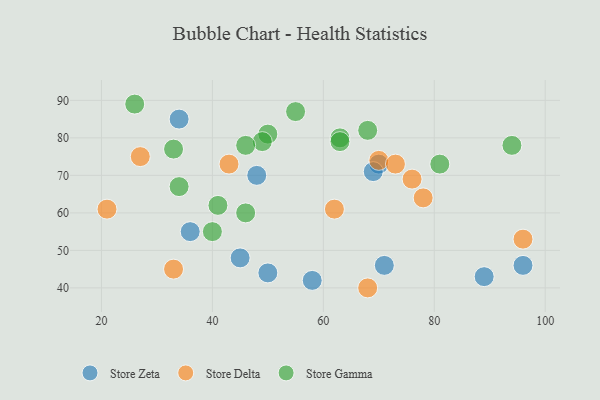
{"axis": {"x": "GDP", "y": "Life Expectancy"}, "legend": ["Store Delta", "Store Gamma", "Store Zeta"], "data": [{"x": "48", "y": 70, "type": "Store Zeta"}, {"x": "58", "y": 42, "type": "Store Zeta"}, {"x": "96", "y": 46, "type": "Store Zeta"}, {"x": "89", "y": 43, "type": "Store Zeta"}, {"x": "70", "y": 73, "type": "Store Zeta"}, {"x": "69", "y": 71, "type": "Store Zeta"}, {"x": "34", "y": 85, "type": "Store Zeta"}, {"x": "50", "y": 44, "type": "Store Zeta"}, {"x": "71", "y": 46, "type": "Store Zeta"}, {"x": "36", "y": 55, "type": "Store Zeta"}, {"x": "45", "y": 48, "type": "Store Zeta"}, {"x": "96", "y": 53, "type": "Store Delta"}, {"x": "70", "y": 74, "type": "Store Delta"}, {"x": "78", "y": 64, "type": "Store Delta"}, {"x": "43", "y": 73, "type": "Store Delta"}, {"x": "33", "y": 45, "type": "Store Delta"}, {"x": "21", "y": 61, "type": "Store Delta"}, {"x": "76", "y": 69, "type": "Store Delta"}, {"x": "62", "y": 61, "type": "Store Delta"}, {"x": "27", "y": 75, "type": "Store Delta"}, {"x": "68", "y": 40, "type": "Store Delta"}, {"x": "73", "y": 73, "type": "Store Delta"}, {"x": "63", "y": 80, "type": "Store Gamma"}, {"x": "41", "y": 62, "type": "Store Gamma"}, {"x": "34", "y": 67, "type": "Store Gamma"}, {"x": "55", "y": 87, "type": "Store Gamma"}, {"x": "50", "y": 81, "type": "Store Gamma"}, {"x": "33", "y": 77, "type": "Store Gamma"}, {"x": "81", "y": 73, "type": "Store Gamma"}, {"x": "40", "y": 55, "type": "Store Gamma"}, {"x": "46", "y": 60, "type": "Store Gamma"}, {"x": "26", "y": 89, "type": "Store Gamma"}, {"x": "49", "y": 79, "type": "Store Gamma"}, {"x": "46", "y": 78, "type": "Store Gamma"}, {"x": "63", "y": 79, "type": "Store Gamma"}, {"x": "68", "y": 82, "type": "Store Gamma"}, {"x": "94", "y": 78, "type": "Store Gamma"}]}